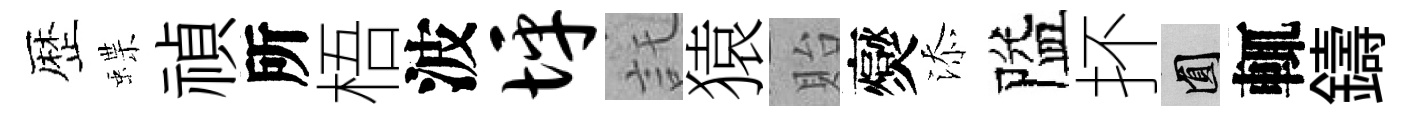
歴蝶禎所梧波坪託猿貽爕添隘抔圓輒鑄